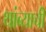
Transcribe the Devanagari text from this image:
थांब्याची